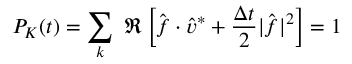
P _ { K } ( t ) = \sum _ { \boldsymbol { k } } ~ \Re \left[ \hat { \boldsymbol { f } } \cdot \hat { \boldsymbol { v } } ^ { * } + \frac { \Delta t } { 2 } | \hat { \boldsymbol { f } } | ^ { 2 } \right] = 1